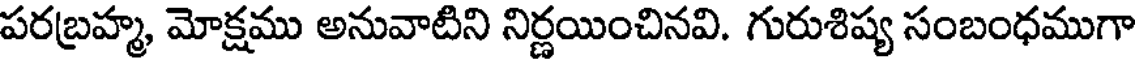
పరబ్రహ్మ, మోక్షము అనువాటిని నిర్ణయించినవి. గురుశిష్య సంబంధముగా